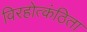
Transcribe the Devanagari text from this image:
विरहोत्कंठिता